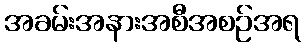
အခမ်းအနားအစီအစဉ်အရ